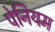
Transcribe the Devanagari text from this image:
पेनियम